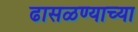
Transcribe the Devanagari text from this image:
ढासळण्याच्या